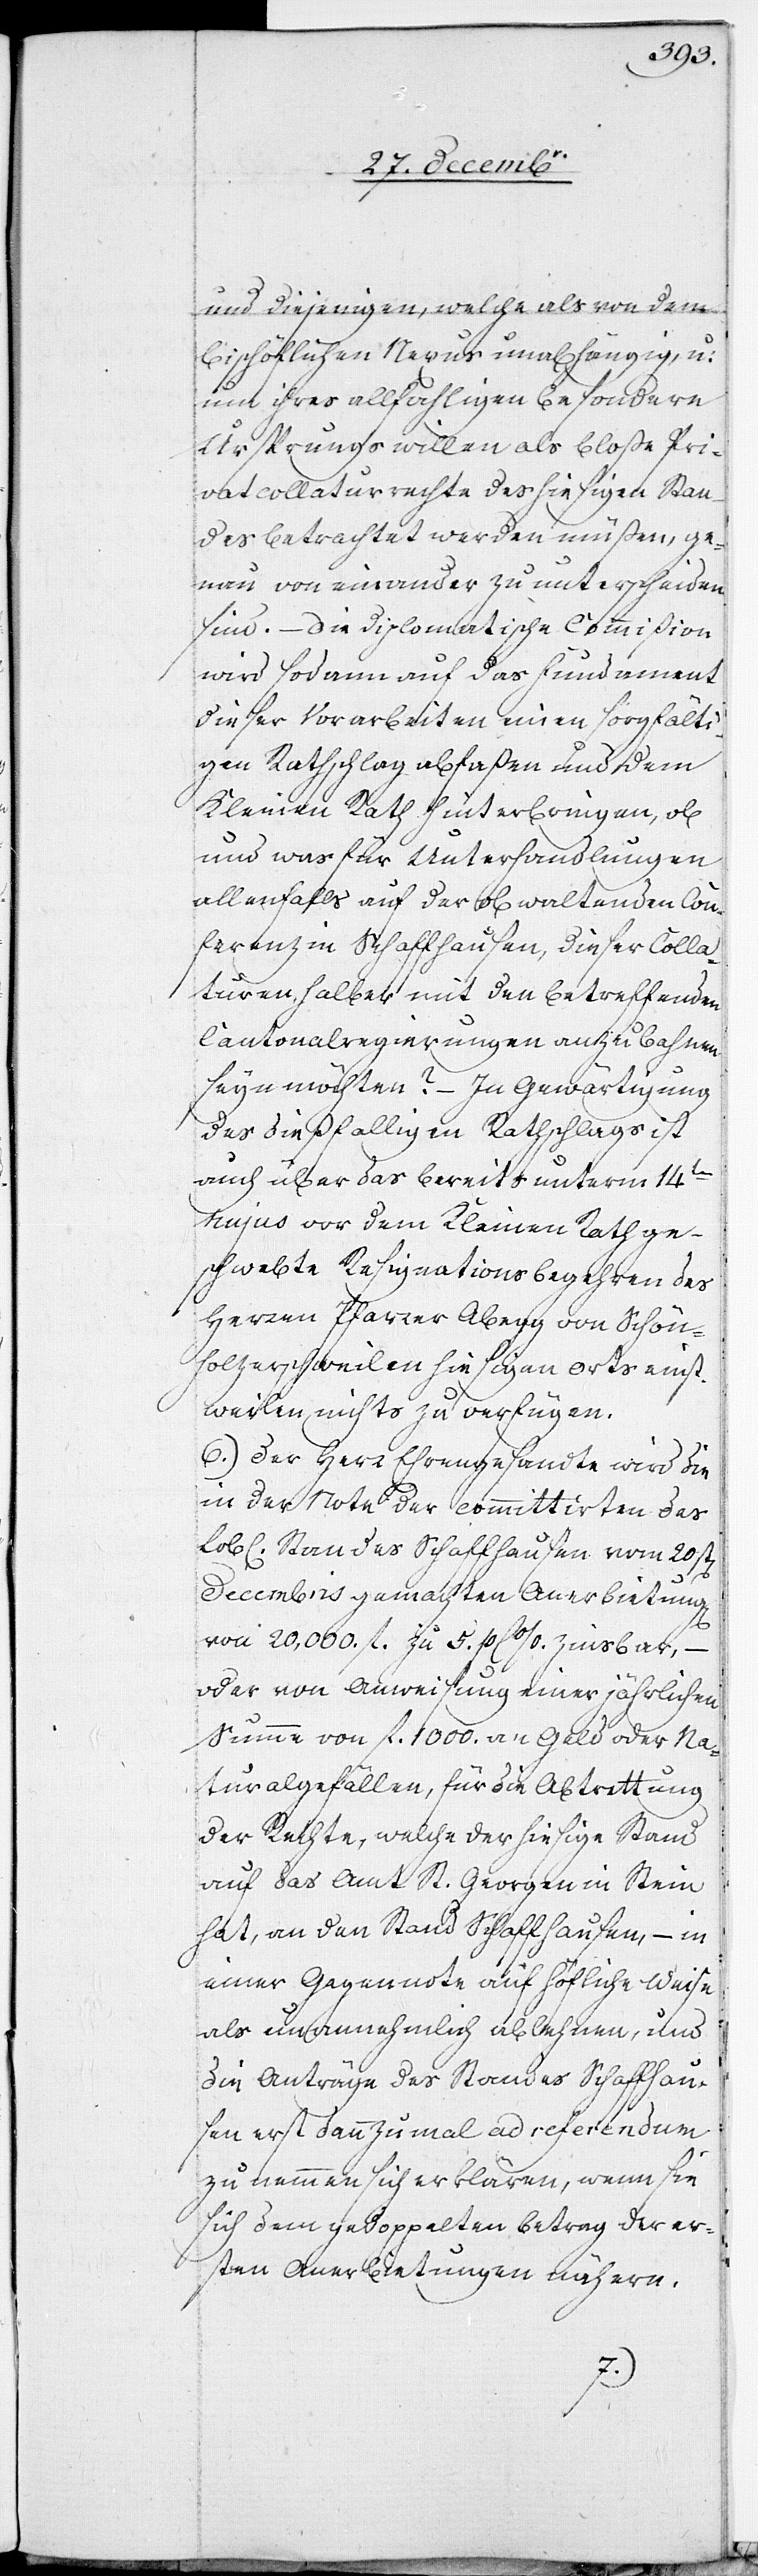
und diejenigen, welche als von dem
bischöflichen Nexus unabhängig, u:
um ihres allfahligen besondern
Ursprungs willen als bloße Pri¬
vatcolaturrechte des hiesigen Stan¬
des betrachtet werden müßen, ge¬
nau von einander zu unterscheiden
sind. – Die diplomatische Commißion
wird sodann auf das Fundament
dieser Vorarbeiten einen sorgfälti¬
gen Rathschlag abfaßen und dem
Kleinen Rath hinterbringen, ob
und was für Unterhandlungen
allenfalls auf der obwaltenden Con¬
ferenz in Schaffhausen, dieser Colla¬
turen halber mit den betreffenden
Cantonalregierungen anzubahnen
seyn möchten? – In Gewärtigung
des dießfalligen Rathschlags ist
auch über das bereits unterm 14ten
hujus vor dem Kleinen Rath ge¬
schwebte Resignationsbegehren des
Herren Pfarrer Abegg von Schön¬
holzerschweilen hiesigen Orts einst¬
weilen nichts zu verfügen.
6.) Der Herr Ehrengesandte wird die
in der Note der committirten des
Standes Schaffhausen vom 20st[en]
Decembris gemachten Anerbietung
von 20,000. fl. zu 5. p C %. zinsbar,
oder von Anweisung einer jährlichen
Summe von fl. 1000. an Geld oder Na¬
turalgefällen, für die Abtrettung
der Rechte, welche der hiesige Stand
auf das Amt St. Georgen in Stein
hat, an den Stand Schaffhausen, – in
einer Gegennote auf höfliche Weise
als unannehmlich ablehnen, und
die Anträge des Standes Schaffhau¬
sen erst dannzumal ad referendum
zu nemmen sich erklären, wenn sie
sich dem gedoppelten Betrag der er¬
sten Anerbietungen nähern.